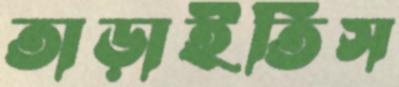
তাড়াইতিস